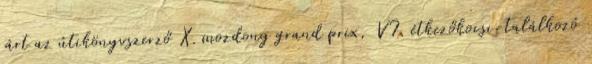
járt az útikönyvszerző X. mozdony grand prix, VI. étkezőkocsi-találkozó